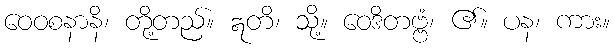
ဝေဝစနာနိ၊ တို့တည်။ ဣတိ၊ သို့။ ဝေဒိတဗ္ဗံ၊ ၏။ ပန၊ ကား။